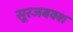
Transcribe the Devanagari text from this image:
सूरजबक्श